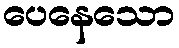
ပေနေသော